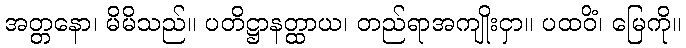
အတ္တနော၊ မိမိသည်။ ပတိဋ္ဌာနတ္ထာယ၊ တည်ရာအကျိုးငှာ။ ပထဝိံ၊ မြေကို။